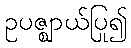
ဥပဇ္ဈာယ်ပြု၍